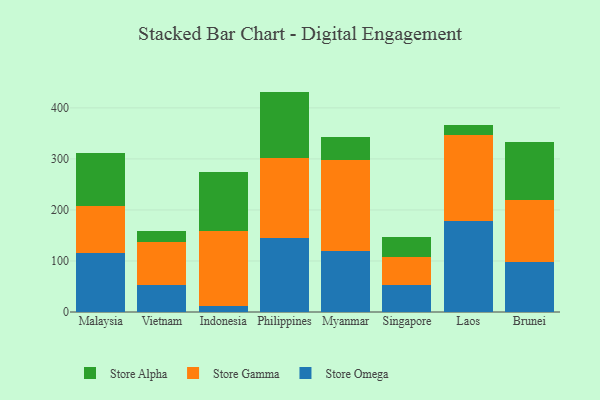
{"axis": {"x": "Country", "y": "Demand Index"}, "legend": ["Store Alpha", "Store Gamma", "Store Omega"], "data": [{"x": "Malaysia", "y": 116.3, "type": "Store Omega"}, {"x": "Malaysia", "y": 91.2, "type": "Store Gamma"}, {"x": "Malaysia", "y": 104.0, "type": "Store Alpha"}, {"x": "Vietnam", "y": 52.8, "type": "Store Omega"}, {"x": "Vietnam", "y": 84.6, "type": "Store Gamma"}, {"x": "Vietnam", "y": 20.9, "type": "Store Alpha"}, {"x": "Indonesia", "y": 11.1, "type": "Store Omega"}, {"x": "Indonesia", "y": 147.6, "type": "Store Gamma"}, {"x": "Indonesia", "y": 115.6, "type": "Store Alpha"}, {"x": "Philippines", "y": 145.6, "type": "Store Omega"}, {"x": "Philippines", "y": 156.2, "type": "Store Gamma"}, {"x": "Philippines", "y": 130.1, "type": "Store Alpha"}, {"x": "Myanmar", "y": 120.5, "type": "Store Omega"}, {"x": "Myanmar", "y": 177.7, "type": "Store Gamma"}, {"x": "Myanmar", "y": 45.3, "type": "Store Alpha"}, {"x": "Singapore", "y": 52.7, "type": "Store Omega"}, {"x": "Singapore", "y": 54.4, "type": "Store Gamma"}, {"x": "Singapore", "y": 40.8, "type": "Store Alpha"}, {"x": "Laos", "y": 178.5, "type": "Store Omega"}, {"x": "Laos", "y": 168.2, "type": "Store Gamma"}, {"x": "Laos", "y": 20.3, "type": "Store Alpha"}, {"x": "Brunei", "y": 98.1, "type": "Store Omega"}, {"x": "Brunei", "y": 121.4, "type": "Store Gamma"}, {"x": "Brunei", "y": 114.1, "type": "Store Alpha"}]}